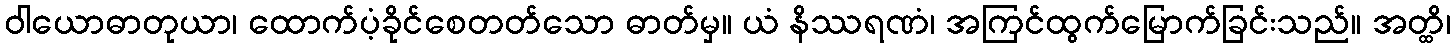
ဝါယောဓာတုယာ၊ ထောက်ပံ့ခိုင်စေတတ်သော ဓာတ်မှ။ ယံ နိဿရဏံ၊ အကြင်ထွက်မြောက်ခြင်းသည်။ အတ္ထိ၊